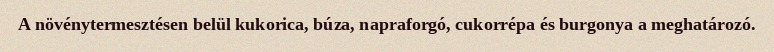
A növénytermesztésen belül kukorica, búza, napraforgó, cukorrépa és burgonya a meghatározó.